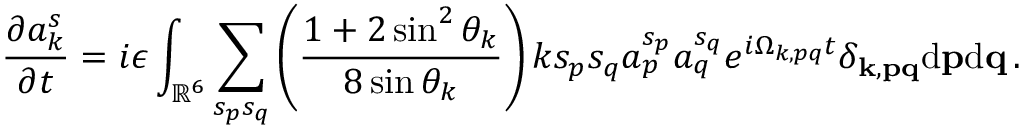
{ \frac { \partial a _ { k } ^ { s } } { \partial t } } = i \epsilon \int _ { \mathbb { R } ^ { 6 } } \sum _ { s _ { p } s _ { q } } \left( \frac { 1 + 2 \sin ^ { 2 } \theta _ { k } } { 8 \sin \theta _ { k } } \right) k s _ { p } s _ { q } a _ { p } ^ { s _ { p } } a _ { q } ^ { s _ { q } } e ^ { i \Omega _ { k , p q } t } \delta _ { { \bf k } , { \bf p } { \bf q } } \mathrm { d } { \bf p } \mathrm { d } { \bf q } \, .